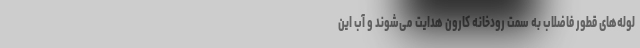
لوله‌های قطور فاضلاب به سمت رودخانه کارون هدایت می‌شوند و آب این